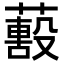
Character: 𦿓